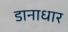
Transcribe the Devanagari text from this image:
डानाधार